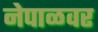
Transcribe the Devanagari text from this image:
नेपाळवर